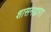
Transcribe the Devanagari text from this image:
शासनद्वारा